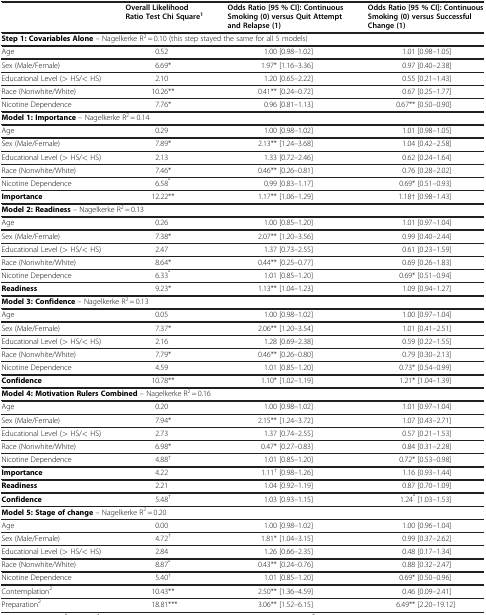
<table><thead><tr><td><b> </b></td><td><b>Overall Likelihood Ratio Test Chi Square<sup>1</sup></b></td><td><b>Odds Ratio [95 % CI]:Continuous Smoking (0) versus Quit Attempt and Relapse (1)</b></td><td><b>Odds Ratio [95 % CI]: Continuous Smoking (0) versus Successful Change (1)</b></td></tr></thead><tbody><tr><td colspan="4"><b>Step 1: Covariables Alone</b> – Nagelkerke R<sup>2</sup> = 0.10 (this step stayed the same for all 5 models)</td></tr><tr><td>Age</td><td>0.52</td><td>1.00 [0.98–1.02]</td><td>1.01 [0.98–1.05]</td></tr><tr><td>Sex (Male/Female)</td><td>6.69*</td><td>1.97* [1.16–3.36]</td><td>0.97 [0.40–2.38]</td></tr><tr><td>Educational Level (&gt; HS/&lt; HS)</td><td>2.10</td><td>1.20 [0.65–2.22]</td><td>0.55 [0.21–1.43]</td></tr><tr><td>Race (Nonwhite/White)</td><td>10.26**</td><td>0.41** [0.24–0.72]</td><td>0.67 [0.25–1.77]</td></tr><tr><td>Nicotine Dependence</td><td>7.76*</td><td>0.96 [0.81–1.13]</td><td>0.67** [0.50–0.90]</td></tr><tr><td colspan="3"><b>Model 1: Importance</b> – Nagelkerke R<sup>2</sup> = 0.14</td><td> </td></tr><tr><td>Age</td><td>0.29</td><td>1.00 [0.98–1.02]</td><td>1.01 [0.98–1.05]</td></tr><tr><td>Sex (Male/Female)</td><td>7.89*</td><td>2.13** [1.24–3.68]</td><td>1.04 [0.42–2.58]</td></tr><tr><td>Educational Level (&gt; HS/&lt; HS)</td><td>2.13</td><td>1.33 [0.72–2.46]</td><td>0.62 [0.24–1.64]</td></tr><tr><td>Race (Nonwhite/White)</td><td>7.46*</td><td>0.46** [0.26–0.81]</td><td>0.76 [0.28–2.02]</td></tr><tr><td>Nicotine Dependence</td><td>6.58<sup>*</sup></td><td>0.99 [0.83–1.17]</td><td>0.69* [0.51–0.93]</td></tr><tr><td><b>Importance</b></td><td>12.22**</td><td>1.17** [1.06–1.29]</td><td>1.18† [0.98–1.43]</td></tr><tr><td colspan="3"><b>Model 2: Readiness</b> – Nagelkerke R<sup>2</sup> = 0.13</td><td> </td></tr><tr><td>Age</td><td>0.26</td><td>1.00 [0.85–1.20]</td><td>1.01 [0.97–1.04]</td></tr><tr><td>Sex (Male/Female)</td><td>7.38*</td><td>2.07** [1.20–3.56]</td><td>0.99 [0.40–2.44]</td></tr><tr><td>Educational Level (&gt; HS/&lt; HS)</td><td>2.47</td><td>1.37 [0.73–2.55]</td><td>0.61 [0.23–1.59]</td></tr><tr><td>Race (Nonwhite/White)</td><td>8.64*</td><td>0.44** [0.25–0.77]</td><td>0.69 [0.26–1.83]</td></tr><tr><td>Nicotine Dependence</td><td>6.33<sup>*</sup></td><td>1.01 [0.85–1.20]</td><td>0.69* [0.51–0.94]</td></tr><tr><td><b>Readiness</b></td><td>9.23*</td><td>1.13** [1.04–1.23]</td><td>1.09 [0.94–1.27]</td></tr><tr><td colspan="3"><b>Model 3: Confidence</b> – Nagelkerke R<sup>2</sup> = 0.13</td><td> </td></tr><tr><td>Age</td><td>0.05</td><td>1.00 [0.98–1.02]</td><td>1.00 [0.97–1.04]</td></tr><tr><td>Sex (Male/Female)</td><td>7.37*</td><td>2.06** [1.20–3.54]</td><td>1.01 [0.41–2.51]</td></tr><tr><td>Educational Level (&gt; HS/&lt; HS)</td><td>2.16</td><td>1.28 [0.69–2.38]</td><td>0.59 [0.22–1.55]</td></tr><tr><td>Race (Nonwhite/White)</td><td>7.79*</td><td>0.46** [0.26–0.80]</td><td>0.79 [0.30–2.13]</td></tr><tr><td>Nicotine Dependence</td><td>4.59</td><td>1.01 [0.85–1.20]</td><td>0.73* [0.54–0.99]</td></tr><tr><td><b>Confidence</b></td><td>10.78**</td><td>1.10* [1.02–1.19]</td><td>1.21* [1.04–1.39]</td></tr><tr><td colspan="3"><b>Model 4: Motivation Rulers Combined</b> – Nagelkerke R<sup>2</sup> = 0.16</td><td> </td></tr><tr><td>Age</td><td>0.20</td><td>1.00 [0.98–1.02]</td><td>1.01 [0.97–1.04]</td></tr><tr><td>Sex (Male/Female)</td><td>7.94*</td><td>2.15** [1.24–3.72]</td><td>1.07 [0.43–2.71]</td></tr><tr><td>Educational Level (&gt; HS/&lt; HS)</td><td>2.73</td><td>1.37 [0.74–2.55]</td><td>0.57 [0.21–1.53]</td></tr><tr><td>Race (Nonwhite/White)</td><td>6.98*</td><td>0.47* [0.27–0.83]</td><td>0.84 [0.31–2.28]</td></tr><tr><td>Nicotine Dependence</td><td>4.88<sup>†</sup></td><td>1.01 [0.85–1.20]</td><td>0.72* [0.53–0.98]</td></tr><tr><td><b>Importance</b></td><td>4.22</td><td>1.11<sup>†</sup> [0.98–1.26]</td><td>1.16 [0.93–1.44]</td></tr><tr><td><b>Readiness</b></td><td>2.21</td><td>1.04 [0.92–1.19]</td><td>0.87 [0.70–1.09]</td></tr><tr><td><b>Confidence</b></td><td>5.48<sup>†</sup></td><td>1.03 [0.93–1.15]</td><td>1.24<sup>*</sup> [1.03–1.53]</td></tr><tr><td colspan="3"><b>Model 5: Stage of change</b> – Nagelkerke R<sup>2</sup> = 0.20</td><td> </td></tr><tr><td>Age</td><td>0.00</td><td>1.00 [0.98–1.02]</td><td>1.00 [0.96–1.04]</td></tr><tr><td>Sex (Male/Female)</td><td>4.72<sup>†</sup></td><td>1.81* [1.04–3.15]</td><td>0.99 [0.37–2.62]</td></tr><tr><td>Educational Level (&gt; HS/&lt; HS)</td><td>2.84</td><td>1.26 [0.66–2.35]</td><td>0.48 [0.17–1.34]</td></tr><tr><td>Race (Nonwhite/White)</td><td>8.87<sup>*</sup></td><td>0.43** [0.24–0.76]</td><td>0.88 [0.32–2.47]</td></tr><tr><td>Nicotine Dependence</td><td>5.40<sup>†</sup></td><td>1.01 [0.85–1.20]</td><td>0.69* [0.50–0.96]</td></tr><tr><td>Contemplation<sup>2</sup></td><td>10.43**</td><td>2.50** [1.36–4.59]</td><td>0.46 [0.09–2.41]</td></tr><tr><td>Preparation<sup>2</sup></td><td>18.81***</td><td>3.06** [1.52–6.15]</td><td>6.49** [2.20–19.12]</td></tr></tbody></table>